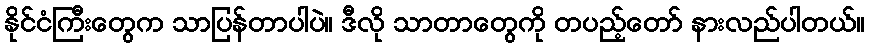
နိုင်ငံကြီးတွေက သာပြန်တာပါပဲ။ ဒီလို သာတာတွေကို တပည့်တော် နားလည်ပါတယ်။